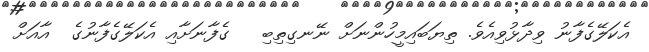
އެކަލޭގެފާނު ވިދާޅުވިއެވެ. ތިޔަބައިމީހުންނަށް ނޭނގިތިބި   ގެފާނަށާއި އެކަލޭގެފާނުގެ  އާއަށް